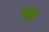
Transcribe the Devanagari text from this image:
ढाह